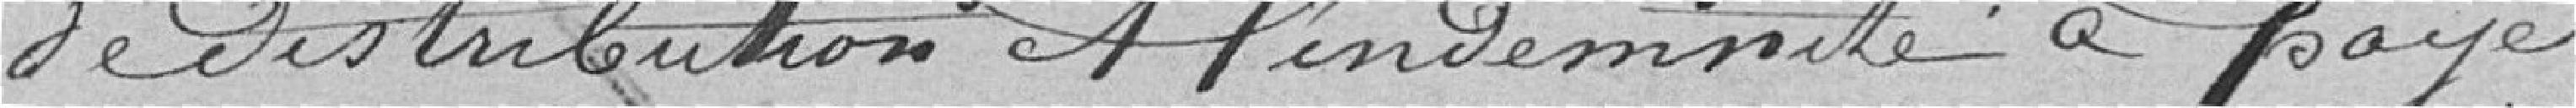
de distribution & l'indemnité à payer.